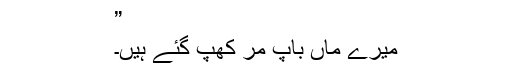
”
میرے ماں باپ مر کھپ گئے ہیں۔